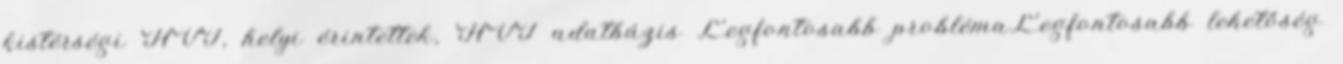
kistérségi HVI, helyi érintettek, HVT adatbázis Legfontosabb problémaLegfontosabb lehetőség